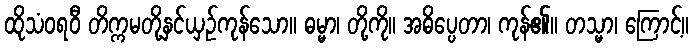
ထိုသံဝရဝီ တိက္ကမတို့နှင်ယှဉ်ကုန်သော။ ဓမ္မာ၊ တို့ကို။ အဓိပ္ပေတာ၊ ကုန်၏။ တသ္မာ၊ ကြောင့်။